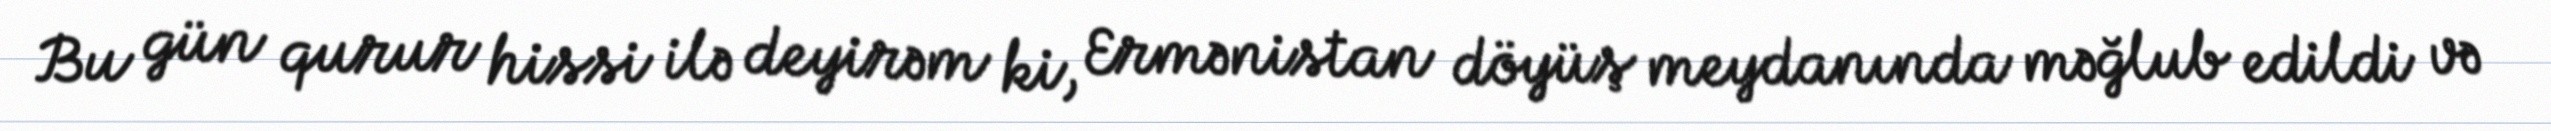
Bu gün qurur hissi ilə deyirəm ki, Ermənistan döyüş meydanında məğlub edildi və